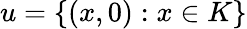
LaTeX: u=\{ (x,0):x\in K\}